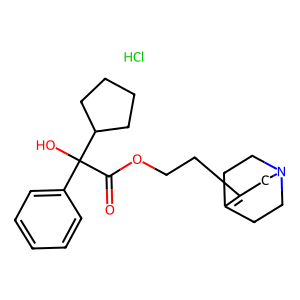
SMILES: Cl.O=C(OCCC1=C2CCN(CC2)C1)C(O)(c1ccccc1)C1CCCC1
Inhibits HIV replication: No